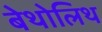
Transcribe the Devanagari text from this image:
बेथोलिथ